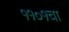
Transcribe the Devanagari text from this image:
११०१चा